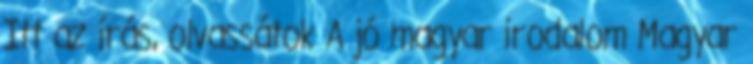
Itt az írás, olvassátok A jó magyar irodalom Magyar